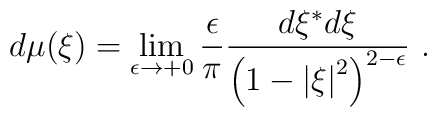
d\mu(\xi)=\mathop{\lim }\limits_{\epsilon\rightarrow +0}{\epsilon\over\pi} {{d\xi^{*} d\xi}\over {\left( {1-\left| \xi \right|^2}\right)^{2-\epsilon}}}\ .